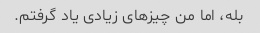
بله، اما من چیزهای زیادی یاد گرفتم.